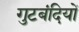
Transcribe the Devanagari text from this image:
गुटबंदियों